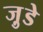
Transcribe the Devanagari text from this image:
जु़डे